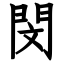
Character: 閔